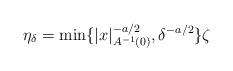
LaTeX: \begin{align*}\eta_{\delta} = \min \{|x|_{A^{-1}(0)}^{-a/2}, \delta^{-a/2}\}\zeta\end{align*}